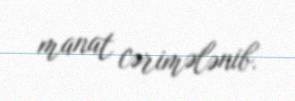
manat cərimələnib.